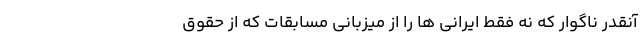
آنقدر ناگوار که نه فقط ایرانی ها را از میزبانی مسابقات که از حقوق